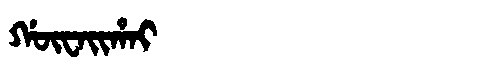
Manchu: ᡤᡡᠸᠠᡳᡥᠠᡳ
Romanization: GŪWAIHAI